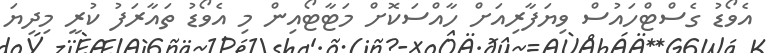
އެވޯޑު ގެސްޓްހައުސް ވިޔަފާރިއަށް ހާއްސަކޮށް މަޓާޓޯއިން މި އެވޯޑު ތައާރަފު ކުރީ މިދިޔަ